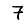
Digit: 7